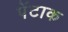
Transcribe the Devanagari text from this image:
पेंटाक